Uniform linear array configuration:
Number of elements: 12
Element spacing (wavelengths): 1
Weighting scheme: exponential
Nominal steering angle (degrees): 15
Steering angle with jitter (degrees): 14.16
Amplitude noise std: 0.05
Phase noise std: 0.05

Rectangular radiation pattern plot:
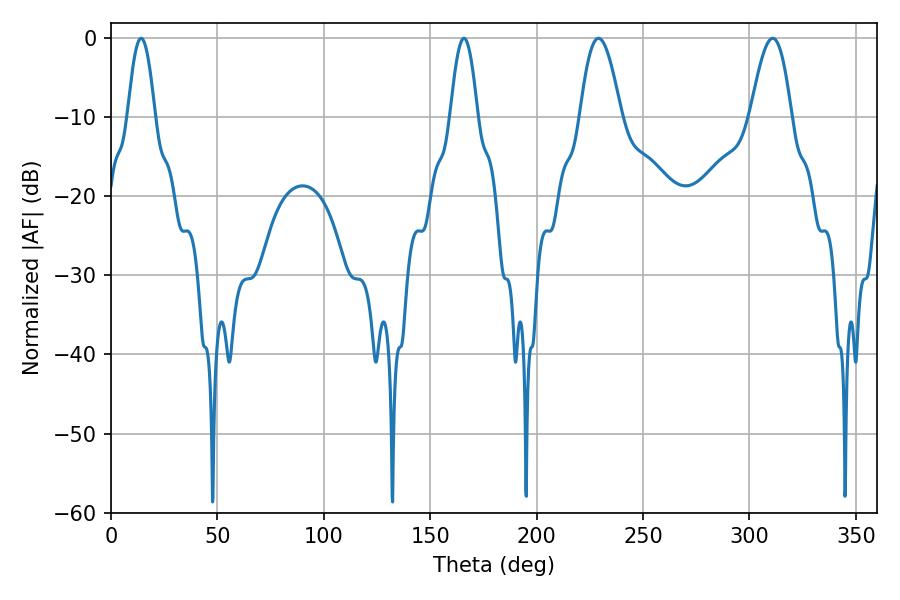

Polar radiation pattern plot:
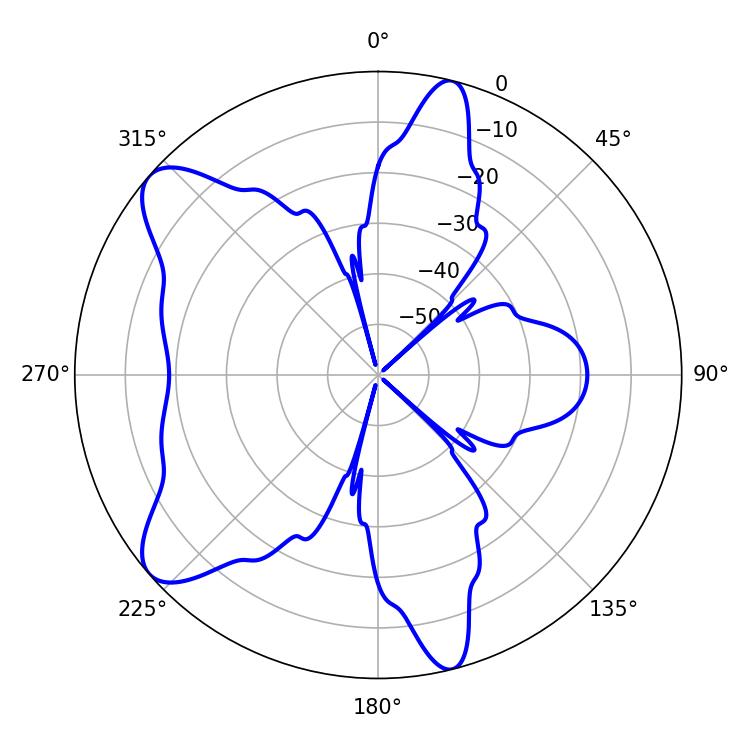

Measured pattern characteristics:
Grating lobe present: TRUE
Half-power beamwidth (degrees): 10.44
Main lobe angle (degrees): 229.14